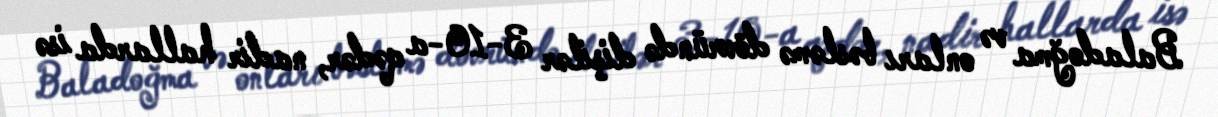
Baladoğma və onları bəsləmə dövründə dişilər 3-10-a qədər, nadir hallarda isə